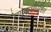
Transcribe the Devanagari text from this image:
रेणुकाधिष्ठितं